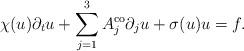
LaTeX: \begin{align*}\chi(u) \partial_t u + \sum_{j = 1}^3 A_j^{\operatorname{co}} \partial_j u + \sigma(u) u = f.\end{align*}